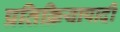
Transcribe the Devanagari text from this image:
प्रतिक्रियापादी